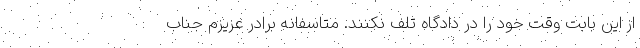
از این بابت وقت خود را در دادگاه تلف نکنند. متاسفانه برادر عزیزم جناب